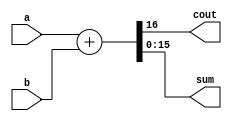
module Adder #(parameter n=16)(
  a, 
  b,  
  cout, 
  sum
);
  input  [n-1:0]     a, b;
  output            cout;
  output [n-1:0]    sum;
  
  assign {cout, sum} = a + b;
  
endmodule